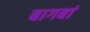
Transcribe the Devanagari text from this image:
बागबां